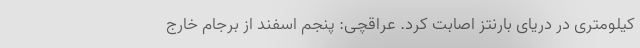
کیلومتری در دریای بارنتز اصابت کرد. عراقچی: پنجم اسفند از برجام خارج